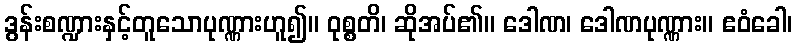
ဒွန်းစဏ္ဍားနှင့်တူသောပုဏ္ဏားဟူ၍။ ဝုစ္စတိ၊ ဆိုအပ်၏။ ဒေါဏ၊ ဒေါဏပုဏ္ဏား။ ဧဝံခေါ၊